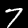
Label: 7